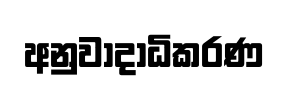
අනුවාදාධිකරණ